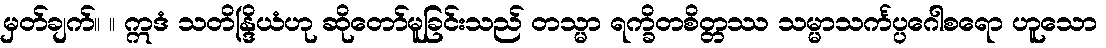
မှတ်ချက်။ ။ ဣဒံ သတိန္ဒြိယံဟု ဆိုတော်မူခြင်းသည် တသ္မာ ရက္ခိတစိတ္တဿ သမ္မာသင်္ကပ္ပဂေါစရော ဟူသော